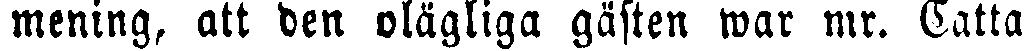
mening, att den olägliga gästen war mr. Catta-